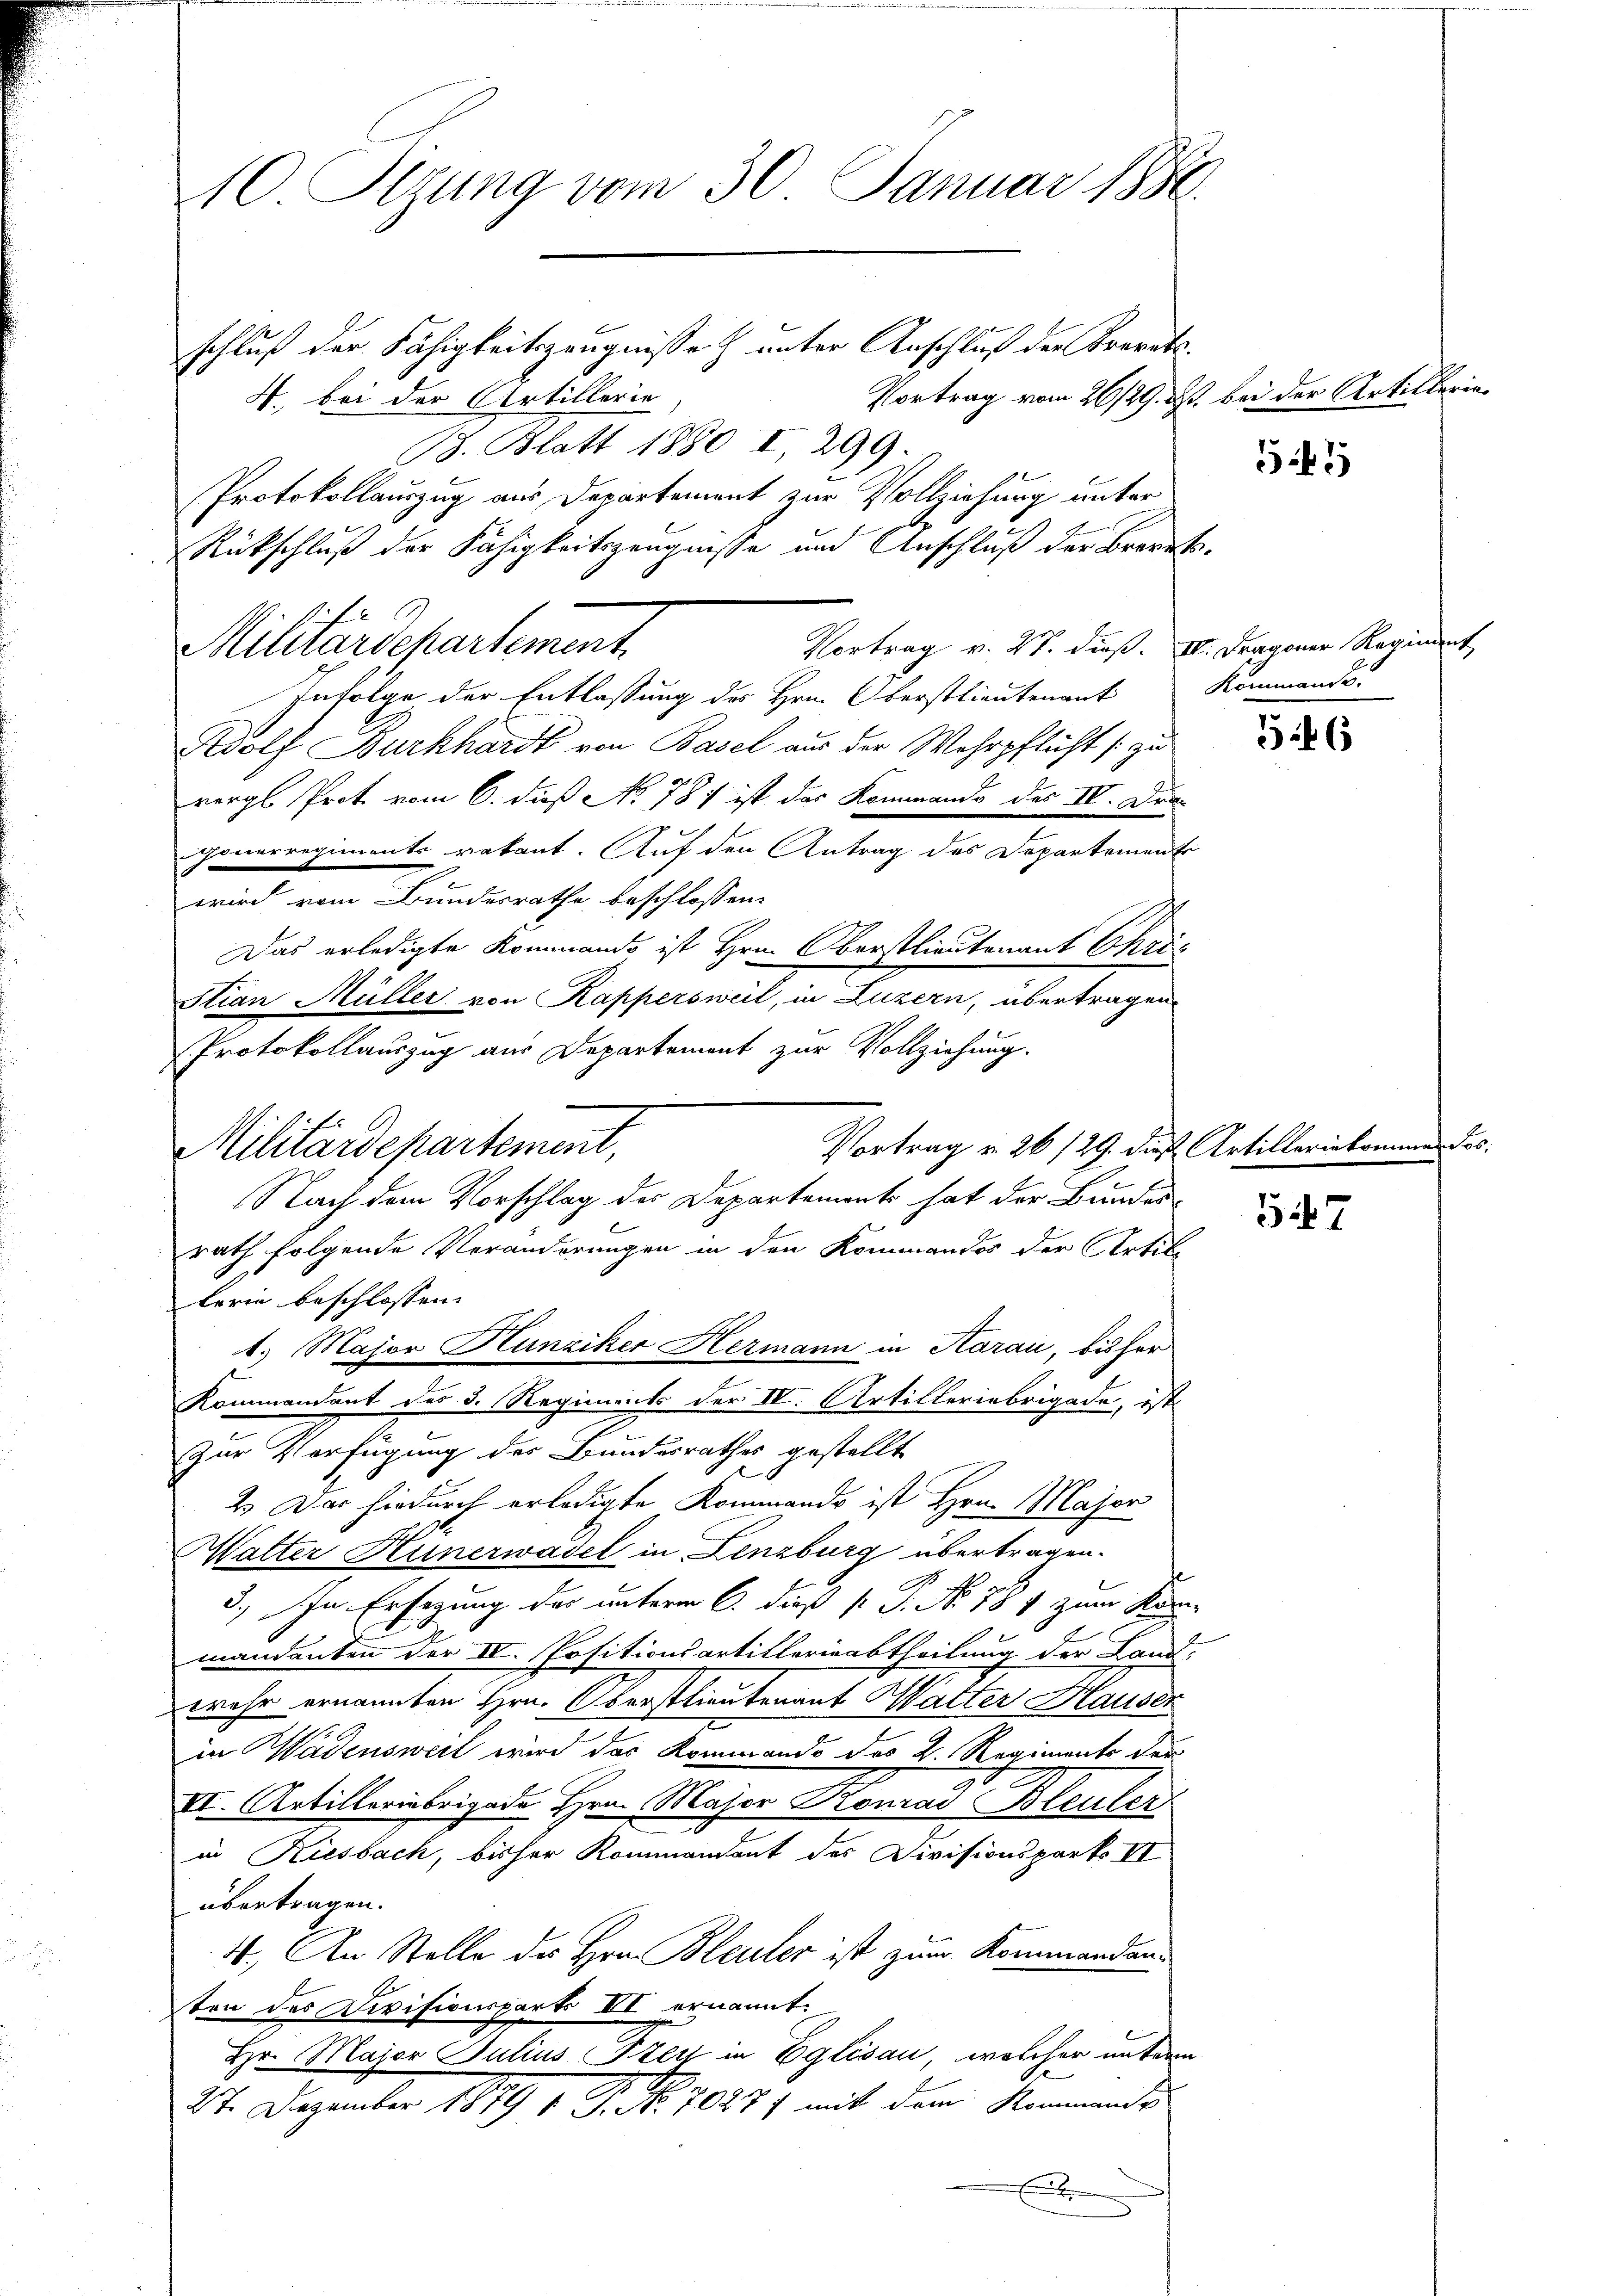
10. Segung vom 30. Januar 1886.

schluß der Fähigkeitszeugnisse & unter Anschluß der Brevets¬
Vortrag vom 26/29. ds. bei der Artillerin¬
4. bei der Artillerie
13. Blatt 1880 I 299.
Protokollauszug aus Departement zur Vollziehung unter
Rückschluß der Fähigkeitszeugnisse und Anschluß der Brorek¬
Vortrag v. Mt. dieß. II. Fragener Regiment
Militärdepartement
Infolge der Entlassung des Hrn. Oberstlieutenant Rommande
Wolf Burkhardt von Basel aus der Wehrpflicht (zu
vergl. Prot. vom 6. dieß No. 787 ist das Kommando des IV. Dracoverregiments vakant. Auf den Antrag des Departementr
.
wird vom Bundesrathe beschlossen:
Das erledigte Kommando ist Hrn. Oberstlieutenant Chris
Mian Müller von Rapperswil, in Luzern, übertragen
Protokollauszug aus Departement zur Vollziehung.
lerin beschlossen: |
Kommandant des 3. Regiments der IV. Artilleriebrigade, ist
Zur Verfügung des Bundesrathes gestellt
e
2. Das hiedurch erledigte Kommando ist Hrn. Major
Walter Hünerwasel in Lenzburg übertragen.
3.) In Erlegung der unterm 6. dieß P. P. No. 784 zum Kon-
mandenten der IV. Positionsartitlerinabtheilung der Landwehr ernannten Hrn. Oberstlieutenant Walter Hauser
in Wädensweil wird das Kommando des 2. Regiments der
VI. Artilleriebrigade Hrn. Major Konrad Bleuler
in Riesbach, bisher Kommandant des Divisionsparko VII
übertragen.
4. An Stelle des Hrn. Bleuler ist zum Kommandanten des Divisionspart III ernannt.
Hr. Major Julius Frey in Eglisau, welcher unterm
27. Dezember 1879 v. P. Nr. 70277 mit dem Rommendes

Militärdepartement,

Vortrag v. 26 129. dieß Artilleriekomm
Nach dem Vorschlag der Departement hat der Bundes-
rath folgende Veränderungen in den Kommandos der Artike
1. Major Hunziker Hermann in Karai, bisher

54

546

147